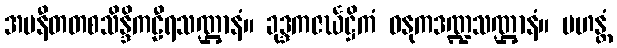
အပနီတတစသိန္ဒိကဠီရသဏ္ဌာနံ။ ခုဒ္ဒကဇင်္ဃဋ္ဌိကံ ဓနုကဒဏ္ဍသဏ္ဌာနံ။ မဟန္တံ